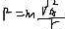
P = m \frac { V _ { A } } { r }